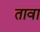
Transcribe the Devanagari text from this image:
तावा